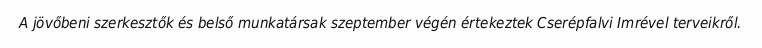
A jövőbeni szerkesztők és belső munkatársak szeptember végén értekeztek Cserépfalvi Imrével terveikről.